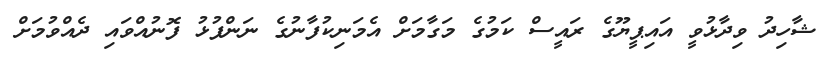
ޝާހިދު ވިދާޅުވީ އައިޕީޔޫގެ ރައީސް ކަމުގެ މަގާމަށް އެމަނިކުފާނުގެ ނަންފުޅު ފޮނުއްވައި ދެއްވުމަށް